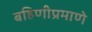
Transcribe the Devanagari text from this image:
बहिणीप्रमाणे